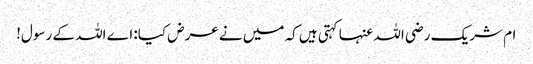
ام شریک رضی اللہ عنہا کہتی ہیں کہ میں نے عرض کیا: اے اللہ کے رسول!